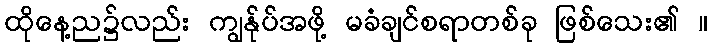
ထိုနေ့ည၌လည်း ကျွန်ုပ်အဖို့ မခံချင်စရာတစ်ခု ဖြစ်သေး၏ ။